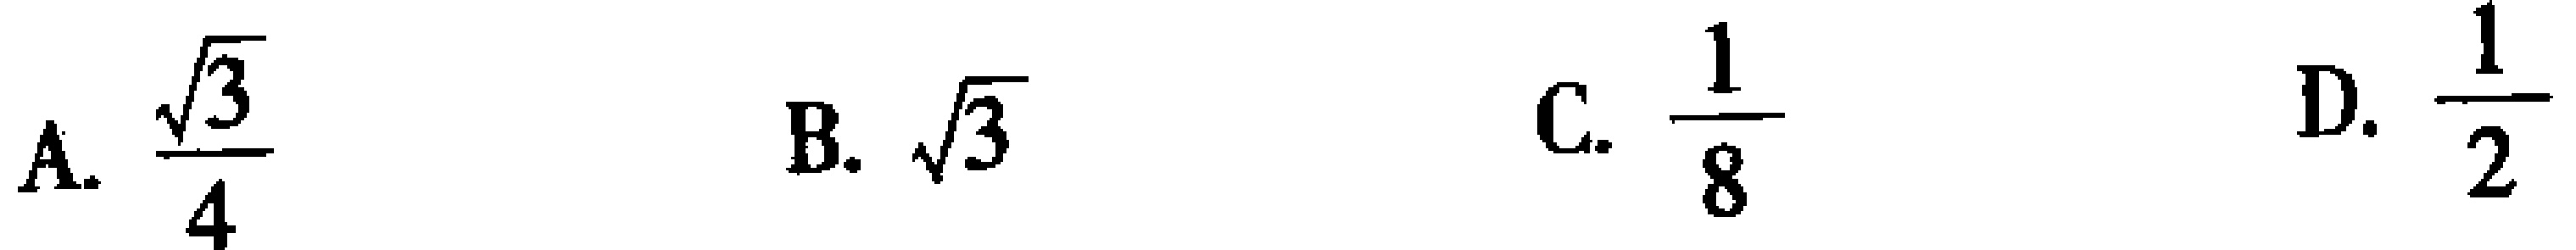
A. $\frac{\sqrt{3}}{4}$  B. $\sqrt{3}$  C. $\frac{1}{8}$  D. $\frac{1}{2}$